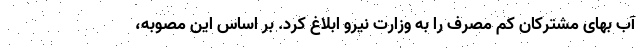
آب بهای مشترکان کم مصرف را به وزارت نیرو ابلاغ کرد. بر اساس این مصوبه،